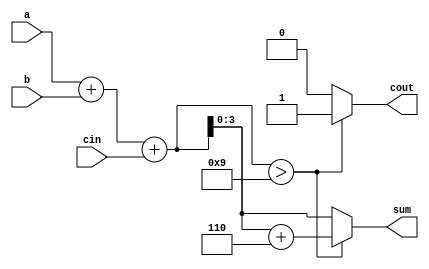
// BCD Adder
`timescale 1ns / 1ps

module BCD_adder(a,b,cin,sum,cout);

//inputs
input [3:0]a,b;
input cin;

//outputs
output reg [3:0]sum;
output reg cout;

reg[4:0]sum_t;

always @ (a,b,cin)
begin
	sum_t=a+b+cin;
	if(sum_t > 9) 
	begin
		sum_t = sum_t + 6; //If result greater than 9 add 6
		cout = 1;  //set the carry output 1
		sum = sum_t[3:0];
	end
	else
	begin 
		cout = 0;
		sum = sum_t[3:0];  //If result is in the range of 0 to 9 No change
	end
end

endmodule